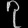
Digit: ၇